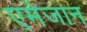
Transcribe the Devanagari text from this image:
एमेजान